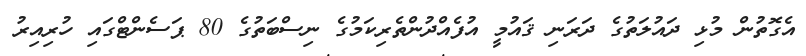
އެގޮތުން މުޅި ދައުލަތުގެ ދަރަނި ޤައުމީ އުފެއްދުންތެރިކަމުގެ ނިސްބަތުގެ 80 ޕަސެންޓްގައި ހުރިއިރު